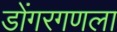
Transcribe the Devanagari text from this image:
डोंगरगणला